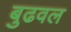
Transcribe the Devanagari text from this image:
बुढवल